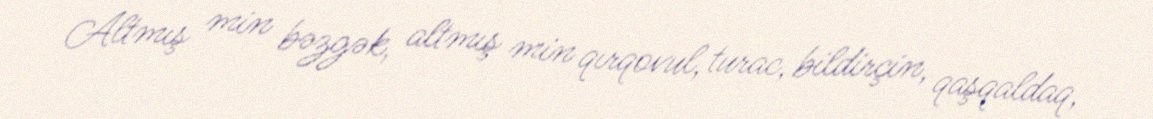
Altmış min bəzgək, altmış min qırqovul, turac, bildirçin, qaşqaldaq,